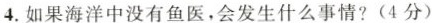
4. 如果海洋中没有鱼医，会发生什么事情? (4分)